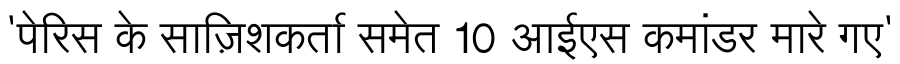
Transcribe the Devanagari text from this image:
'पेरिस के साज़िशकर्ता समेत 10 आईएस कमांडर मारे गए'